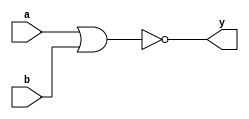
module nor_op(a, b, y);
	input [3:0] a, b;
	output [3:0] y;
	
	assign y = ~(a | b);

endmodule